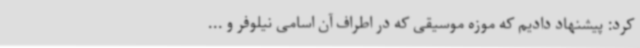
کرد: پیشنهاد دادیم که موزه موسیقی که در اطراف آن اسامی نیلوفر و ...